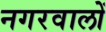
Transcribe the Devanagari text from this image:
नगरवालों